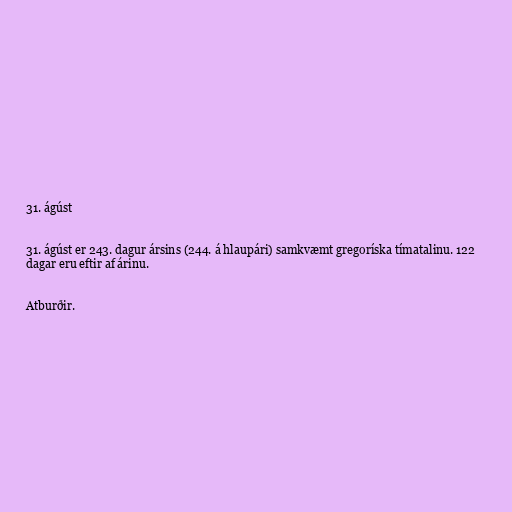
31. ágúst

31. ágúst er 243. dagur ársins (244. á hlaupári) samkvæmt gregoríska tímatalinu. 122
dagar eru eftir af árinu.

Atburðir.